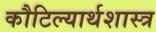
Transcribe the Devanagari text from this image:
कौटिल्यार्थशास्त्र